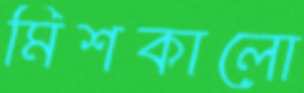
মিশকালো